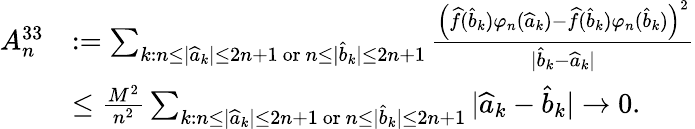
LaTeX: \begin{array}{rl}{A_{n}^{33}}&{:=\sum_{k:n\leq|\widehat{a}_{k}|\leq 2n+1\mathrm{~or~}n\leq|\widehat{b}_{k}|\leq 2n+1}\frac{\left(\widehat{f}(\widehat{b}_{k})\varphi_{n}(\widehat{a}_{k})-\widehat{f}(\widehat{b}_{k})\varphi_{n}(\widehat{b}_{k})\right)^{2}}{|\widehat{b}_{k}-\widehat{a}_{k}|}}\\ &{\leq\frac{M^{2}}{n^{2}}\sum_{k:n\leq|\widehat{a}_{k}|\leq 2n+1\mathrm{~or~}n\leq|\widehat{b}_{k}|\leq 2n+1}|\widehat{a}_{k}-\widehat{b}_{k}|\rightarrow 0.}\end{array}